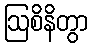
ဩစိနိတွာ